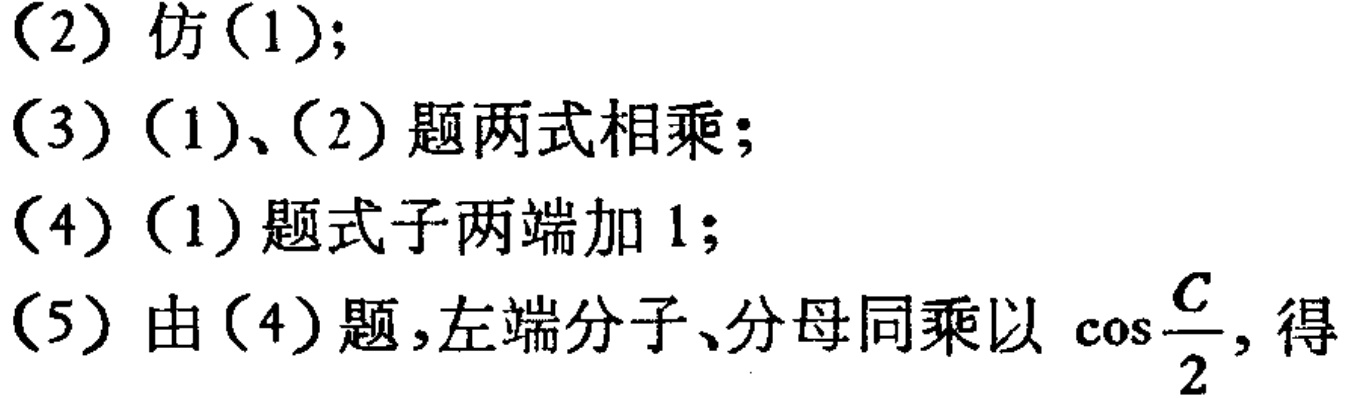
(2) 仿(1);
(3) (1)、(2) 题两式相乘;
(4) (1) 题式子两端加 1;
(5) 由(4) 题,左端分子、分母同乘以 $\cos\frac{C}{2}$, 得